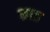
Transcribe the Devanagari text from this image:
भ्रात